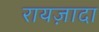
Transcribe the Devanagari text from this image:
रायज़ादा